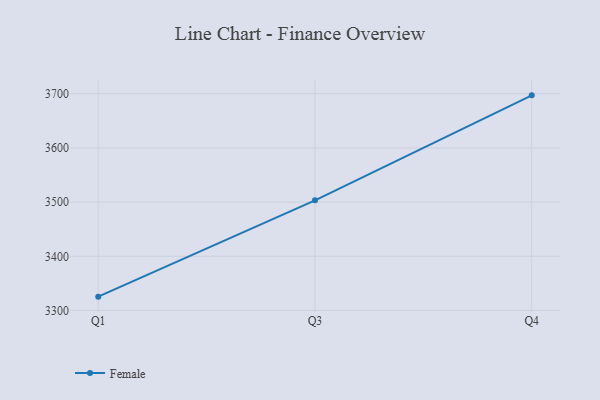
{"axis": {"x": "Quarter", "y": "Waste Production (Tons)"}, "legend": ["Female"], "data": [{"x": "Q1", "y": 3325.6, "type": "Female"}, {"x": "Q3", "y": 3503.3, "type": "Female"}, {"x": "Q4", "y": 3696.9, "type": "Female"}]}